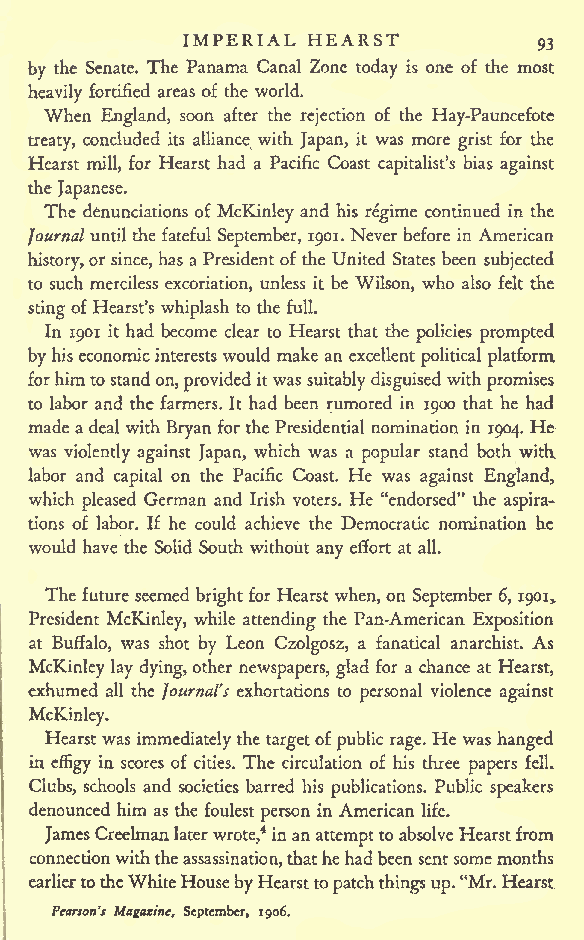
IMPERIAL HEARST
 93
 by the Senate. The Panama Canal Zone today is one of the most
 heavily fortified areas of the world.
 When England, soon after the rejection of the Hay-Pauncefote
 treaty, concluded its alliance with Japan, it was more grist for the
 Hearst mill, for Hearst had a Pacific Coast capitalist's bias against
 theJapanese.
 The denunciations of McKinley and his regime continued in the
 Journaluntil thefateful September, 1901. Never before in American
 history,orsince, has a Presidentof the United States been subjected
 to such merciless excoriation, unless it be Wilson, who also felt the
 stingof Hearst's whiplash to die full.
 In 1901 it had become clear to Hearst that the policies prompted
 by hiseconomicinterestswould make an excellent political platform
 forhimtostandon,provideditwas
 suitably disguised
 withpromises
 to labor and the farmers. It had been rumored in 1900 that he had
 made adeal with Bryan for thePresidential nomination in 1904. He
 was violently against Japan, which was a popular stand both with
 labor and capital on the Pacific Coast. He was against England,
 which pleased German and Irish voters. He "endorsed" the aspira-
 tions of labor. If he could achieve the Democratic nomination he
 would have the Solid South without any effort at all.
 Thefuture seemed bright for Hearst when, on September 6, 1901,.
 President McKinley, while attending the Pan-American Exposition
 at Buffalo, was shot by Leon Czolgosz, a fanatical anarchist. As
 McKinley lay dying,other newspapers, glad for a chance at Hearst,
 exhumed all the Journal's exhortations to personal violence against
 McKinley.
 Hearst was immediatelythe targetofpublic rage. He was hanged
 in effigy in scores of cities. The circulation of his three papers fell.
 Clubs, schools and societies barred his publications. Public speakers
 denounced him as the foulest person in American life.
 JamesCreelmanlaterwrote,4inanattempttoabsolveHearstfrom
 connectionwiththeassassination,thathehadbeensentsomemonths
 earliertotheWhiteHousebyHearsttopatchthingsup."Mr.Hearst
 Pearson's Magazine, September, 1906.